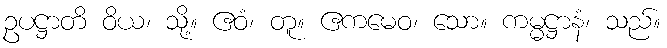
ဥပဋ္ဌာတိ ဝိယ၊ သို့။ ဧဝံ၊ တူ။ ဧကမေဝ၊ သော။ ကမ္မဋ္ဌာနံ၊ သည်။